Medical and sanitary report of the native army of Bengal for the year
Year: 1874
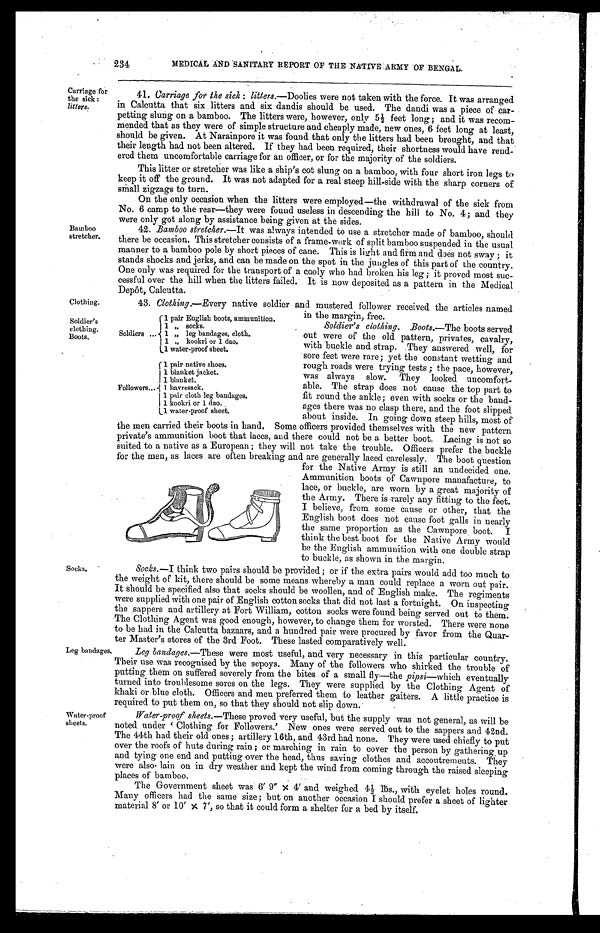
234
MEDICAL AND SANITARY REPORT OF THE NATIVE ARMY OF BENGAL.
•
Carriage for
41. Carriage for the sick : litters.—Doolies were not taken with the force. It was arranged
the sick :
in Calcutta that six litters and six dandis should be used. The dandi was a piece of car-
litters.
petting slung on a bamboo. The litters were, however, only 51 feet long ; and it was recom-
mended that as they were of simple structure and cheaply made, new ones, 6 feet long at least,
should be given. At Narainpore it was found that only the litters had been brought, and that.
their length had not been altered. If they had been required, their shortness would have rend-
ered them uncomfortable carriage for an officer, or for the majority of the soldiers.
This litter or stretcher was like a ship's cot slung on a bamboo, with four short iron legs to
keep it off the ground. It was not adapted for a real steep hill-side with the sharp corners of
small zigzags to turn.
On the only occasion when the litters were employed—the withdrawal of the sick from
No. 6 camp to the rear—they were found useless in descending the hill to No. 4; and they
were only got along by assistance being given at the sides.
Bamboo
42. Bamboo stretcher.—It was always intended to use a stretcher made of bamboo, should
stretcher. there be occasion. This stretcher consists of a frame-work of split bamboo suspended in the usual
manner to a bamboo pole by short pieces of cane. This is light and firm and does not sway ; it
stands shocks and jerks, and can be made on the spot in the jungles of this part of the country.
One only was required for the transport of a cooly who had broken his leg ; it proved most suc-
cessful over the hill when the litters failed. • It is now deposited as a pattern in the Medical
Depot, Calcutta.
Clothing.
43. Clothing.—Every native soldier and mustered follower received the articles named
in the mar gin free.
pair „ English h boots, ammunition.
b
Soldier's
Soldier's clothing. Boots.—The boots served
I
clothing.
Soldiers
„ leg bandages, cloth.
• out were of the old pattern, privates, cavalry,
Boots.
„ kookri or 1 dao.
with buckle and strap. .They answered well, for
water-proof sheet.
sore feet were rare; yet the constant wetting and
•
pair native shoes.
rough roads were trying tests ; the pace, however,
lanket jacket.
was always slow. They looked uncomfort-
blanket.
able. The strap does not cause the top part to
Followers... I havresack.
1 pair cloth leg bandages.
I
fit round the ankle; even with socks or the band-
1 kookri or 1 dao.
ages there was no clasp there, and the foot slipped.
water-proof sheet. about inside. In going down steep hills, most of
the men carried their boots in band. Some officers provided themselves with the new pattern
private's ammunition boot that laces, and there could not be a better boot. Lacing is not so
suited to a native as a European ; they will not take the trouble. Officers prefer the buckle
for the men, as laces are often breaking and are generally laced carelessly. The boot question
for the Native Army is still an undecided one.
Ammunition boots of Cawnpore manafacture, to
lace, or buckle, are worn by a great majority of
the Army. There is Tarely any fitting to the feet.
I believe, from some cause or other, that the
English boot does not cause foot galls in nearly
the same proportion as the Cawnpore boot. I
think the best boot for the Native Army would
be the English ammunition with one double strap
to buckle, as shown in the margin.
Socks. Socks.—I think two pairs should. be provided ; or if the extra pairs would add too much to
the weight or kit, there should be some means whereby a man could replace a worn out pair.
It should be specified also that socks should be woollen, and of English make. The regiments
were supplied with one pair of English cotton socks that did not last a fortnight. On inspecting
the .sappers and artillery at Fort William, cotton socks were found being served out to them.
The Clothing Agent was good enough, however, to change them for worsted. There were none
to be had in the Calcutta bazaars, and a hundred pair were procured by favor from the Quar-
ter Master's stores of the 3rd Foot. These lasted comparatively well.
Leg bandages.
Leg bandages.—These were most useful, and very necessary in this particular country.
Their use was
u
reconised by the sepoys. Many of the followers who shirked the trouble of
g.
puttin them on suffered severely from the bites of a small fly—the pipsi—which eventually
turned into troublesome sores on the legs. They were supplied by the Clothing Agent of
khaki or blue cloth. Officers and men preferred them to leather gaiters. A little practice is
required to put them on, so that they should not slip down.'
Water-proof
Trater-proof sheets.—These proved very useful, but the supply was not general, as will be
sheets. noted under C
g.
Clothin for Followers.' New ones were served. out to the sappers and 42nd.
The 44th had their old'ones; artillery 16th, and. 43rd had none. They were used chiefly to put
over the roofs of huts during rain ; or marching in rain to cover the person by gathering.up
and tying one end and putting over the head, thus saving clothes and accoutrements. They
were also• lain on in dry weather and kept the wind from coming through the raised sleeping
places of bamboo.
The Government sheet was . 6' 9" x 4' and weighed 44 Ms., with eyelet holes round..
Many officers had the same size ; but on another occasion I should prefer a sheet of lighter
material 8' or 10' x 7', so that it could form a shelter for a bed by itself.